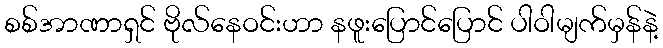
စစ်အာဏာရှင် ဗိုလ်နေဝင်းဟာ နဖူးပြောင်ပြောင် ပါဝါမျက်မှန်နဲ့